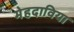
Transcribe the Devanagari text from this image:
मेहदाविया